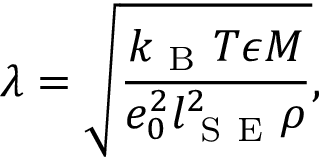
\lambda = \sqrt { \frac { k _ { \mathrm { ~ B ~ } } T \epsilon M } { e _ { 0 } ^ { 2 } l _ { \mathrm { ~ S ~ E ~ } } ^ { 2 } \rho } } ,